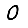
Digit: 0